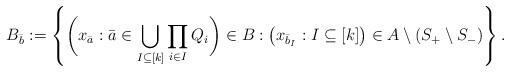
LaTeX: \begin{gather*}B_{\bar{b}} := \left\{\bigg(x_{\bar{a}} : \bar{a} \in \bigcup_{I \subseteq [k]} \prod_{i \in I} Q_i \bigg) \in B : \left( x_{\bar{b}_I} : I \subseteq [k] \right) \in A \setminus \left( S_+ \setminus S_- \right) \right\}.\end{gather*}